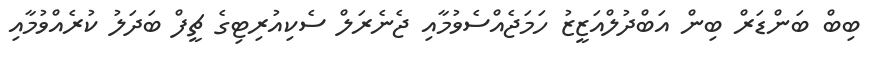
ބިބް ބަންޑަރް ބިން އަބްދުލްއަޒީޒު ހަމަޖެއްސެވުމާއި ޖެނެރަލް ސެކިއުރިޓިގެ ޗީފް ބަދަލު ކުރެއްވުމާއި